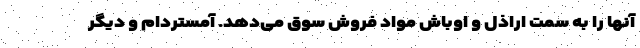
آنها را به سمت اراذل و اوباش مواد فروش سوق می‌دهد. آمستردام و دیگر